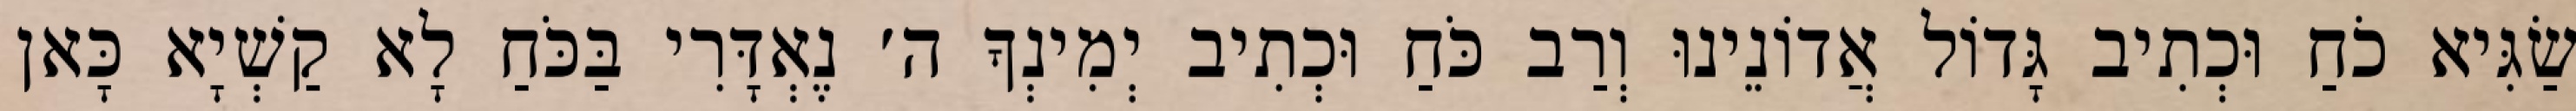
שַׂגִּיא כֹחַ וּכְתִיב גָּדוֹל אֲדוֹנֵינוּ וְרַב כֹּחַ וּכְתִיב יְמִינְךָ ה׳ נֶאְדָּרִי בַּכֹּחַ לָא קַשְׁיָא כָּאן